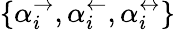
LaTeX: \{ \alpha_{i}^{\rightarrow},\alpha_{i}^{\leftarrow},\alpha_{i}^{\leftrightarrow}\}